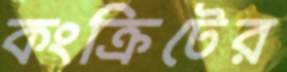
কংক্রিটের